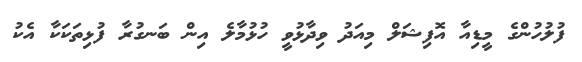
ފުލުހުންގެ މީޑިއާ އޮފިޝަލް މިއަދު ވިދާޅުވީ ހުޅުމާލެ އިން ބަނގުރާ ފުޅިތަކަކާ އެކު